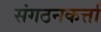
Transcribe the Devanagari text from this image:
संगठनकर्त्ता